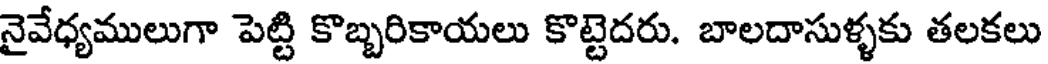
నైవేధ్యములుగా పెట్టి కొబ్బరికాయలు కొట్టెదరు. బాలదాసుళ్ళకు తలకలు